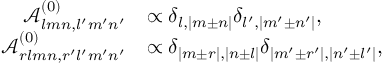
\begin{array} { r l } { \mathcal { A } _ { l m n , l ^ { \prime } m ^ { \prime } n ^ { \prime } } ^ { ( 0 ) } } & { \propto \delta _ { l , | m \pm n | } \delta _ { l ^ { \prime } , | m ^ { \prime } \pm n ^ { \prime } | } , } \\ { \mathcal { A } _ { r l m n , r ^ { \prime } l ^ { \prime } m ^ { \prime } n ^ { \prime } } ^ { ( 0 ) } } & { \propto \delta _ { | m \pm r | , | n \pm l | } \delta _ { | m ^ { \prime } \pm r ^ { \prime } | , | n ^ { \prime } \pm l ^ { \prime } | } , } \end{array}